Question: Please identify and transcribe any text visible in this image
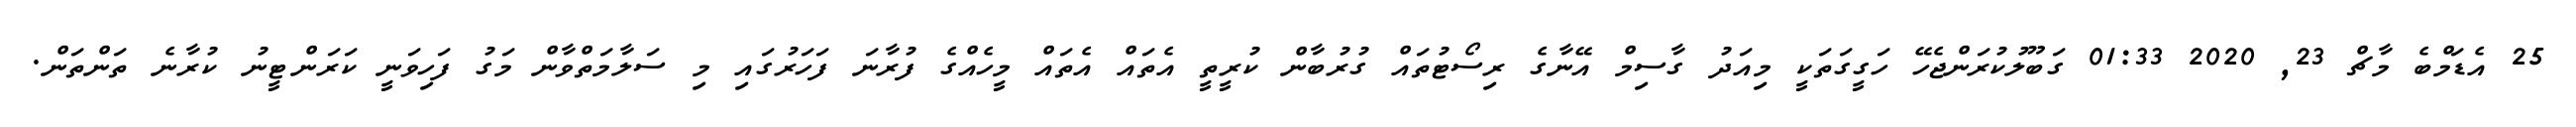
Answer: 25 އެޑަމްބެ މާޗް 23, 2020 01:33 ގަބޫލުކުރަންޖެހޭ ހަގީގަތަކީ މިއަދު ގާސިމް އޭނާގެ ރިސޯޓުތައް ގުރުބާން ކުރީތީ އެތައް އެތައް މީހެއްގެ ފުރާނަ ފަހަރުގައި މި ސަލާމަތްވާން މަގު ފަހިވަނީ ކަރަންޓީނު ކުރާނެ ތަންތަން.